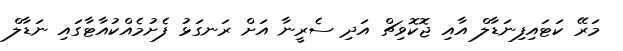
މަރޭ ކަޓައިފިނަޑާލް އާއި ޖޮކޮވިޗް އަދި ސެރީނާ އަށް ރަނގަޅު ފެށުމެއްކުއާޓާގައި ނަޑާލް